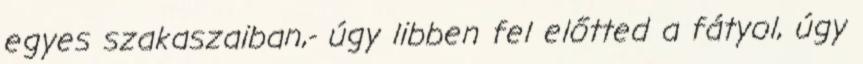
egyes szakaszaiban,- úgy libben fel előtted a fátyol, úgy